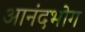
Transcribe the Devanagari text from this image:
आनंदभोग